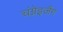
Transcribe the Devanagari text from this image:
चंग्नेइजैंग